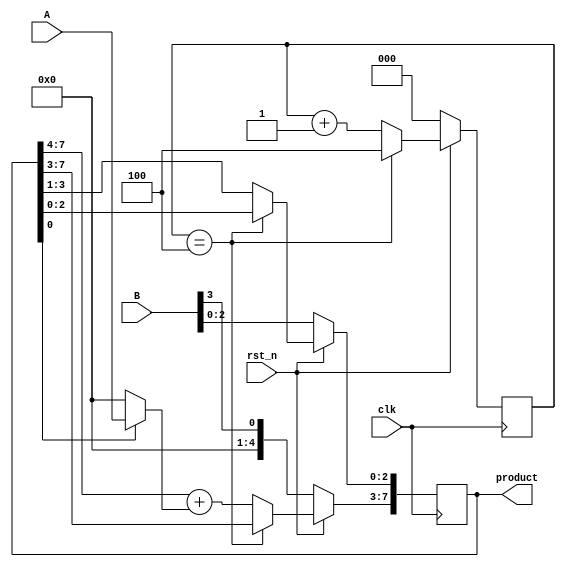
module shift_multiplier( clk , rst_n , A , B , product );
    input clk ;
    input rst_n ; // if rst_n is 0reset product
    input [3:0]A ; // multiplicand
    input [3:0]B; // multiplier
    output reg [7:0]product ; 
    // if you want to use any variable in always block,declare as output reg 

    reg [2:0] counter;
    always @(posedge clk) begin
        if (!rst_n)
            counter <= 0;
        else
            counter <= counter == 4 ? 4 : counter + 1;
    end

    always @(posedge clk) begin
        if (!rst_n)
            product <= {4'b0000, B};
        else if (counter == 4)
            product <= product;
        else begin
            product[7:3] <= product[7:4] + (product[0] ? A : 0); 
            product[2:0] <= product[3:1];
        end
    end
endmodule